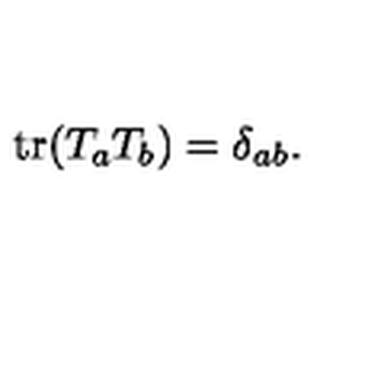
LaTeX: \mathrm { t r } ( T _ { a } T _ { b } ) = \delta _ { a b } .